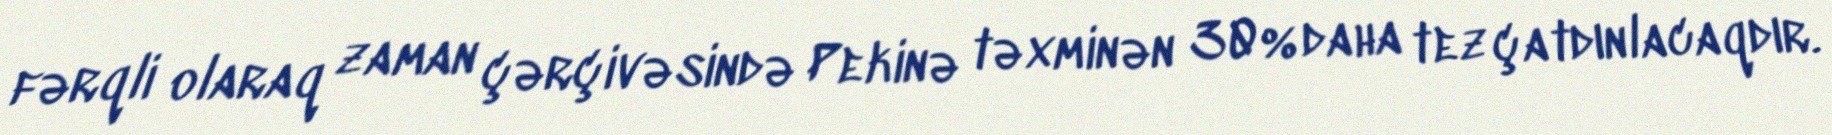
fərqli olaraq zaman çərçivəsində Pekinə təxminən 30% daha tez çatdınlacaqdır.